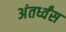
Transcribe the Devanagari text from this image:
अंतर्ध्वंस